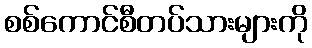
စစ်ကောင်စီတပ်သားများကို